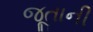
જૂતાની